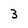
Character: 3